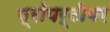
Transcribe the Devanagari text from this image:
प्रॉपर्टीवर